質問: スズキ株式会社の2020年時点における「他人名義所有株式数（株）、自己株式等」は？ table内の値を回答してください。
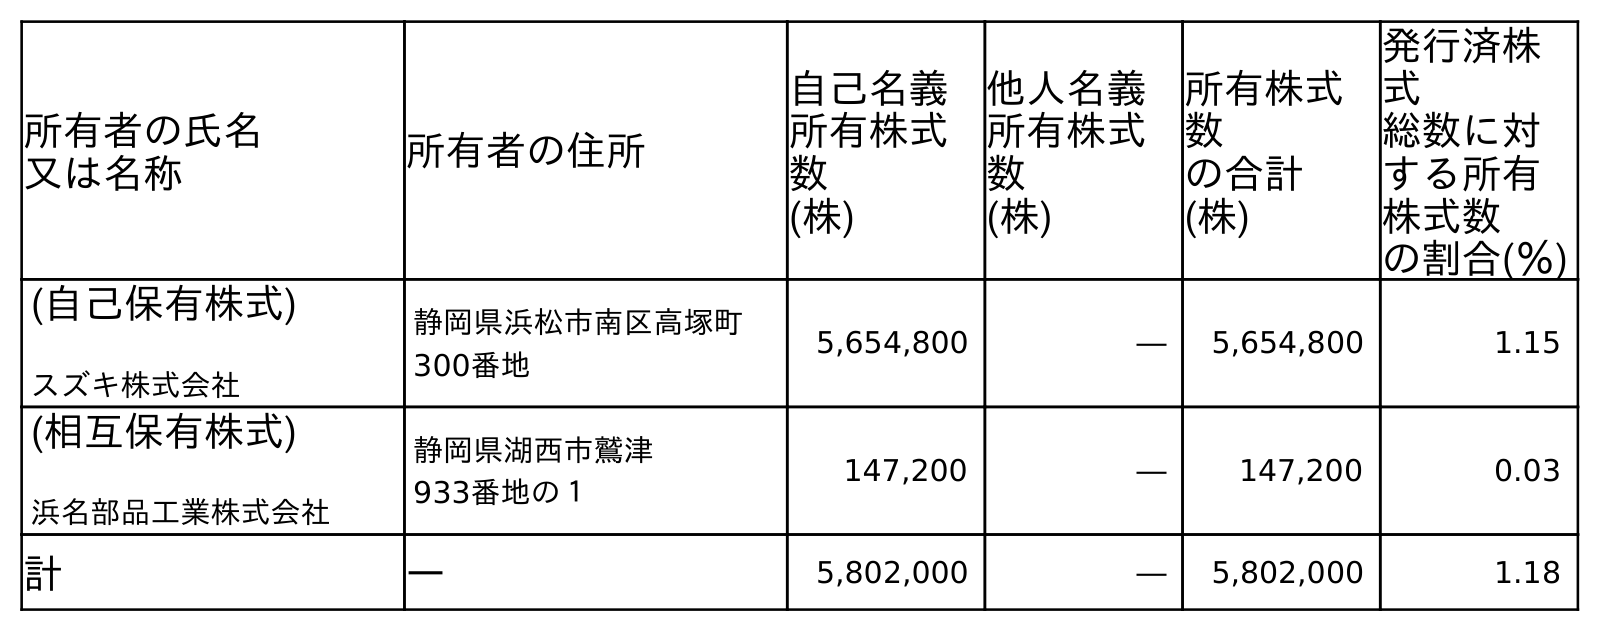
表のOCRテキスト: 所有者の氏名 又は名称 所有者の住所 自己名義 所有株式 数 (株) 他人名義 所有株式 数 (株) 所有株式 数 の合計 (株) 発行済株 式 総数に対 する所有 株式数 の割合(％) (自己保有株式) スズキ株式会社 静岡県浜松市南区高塚町 300番地 5,654,800 ― 5,654,800 1.15 (相互保有株式) 浜名部品工業株式会社 静岡県湖西市鷲津 933番地の１ 147,200 ― 147,200 0.03 計 ― 5,802,000 ― 5,802,000 1.18
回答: ―